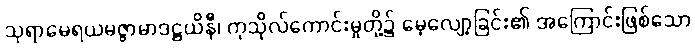
သုရာမေရယမဇ္ဇာမာဒဋ္ဌယိနီ၊ ကုသိုလ်ကောင်းမှုတို့၌ မေ့လျော့ခြင်း၏ အကြောင်းဖြစ်သော